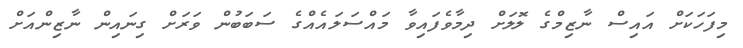
މިފަހަކަށް އައިސް ނާޒިމްގެ ލޮލަށް ދިމާވެފައިވާ މައްސަލައެއްގެ ސަބަބުން ވަރަށް ގިނައިން ނާޒިންއަށް